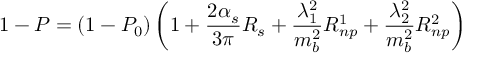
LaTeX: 1 - P = ( 1 - P _ { 0 } ) \left( 1 + { \frac { 2 \alpha _ { s } } { 3 \pi } } R _ { s } + { \frac { \lambda _ { 1 } ^ { 2 } } { m _ { b } ^ { 2 } } } R _ { n p } ^ { 1 } + { \frac { \lambda _ { 2 } ^ { 2 } } { m _ { b } ^ { 2 } } } R _ { n p } ^ { 2 } \right)